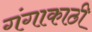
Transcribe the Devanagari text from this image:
गंगाकाठी